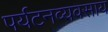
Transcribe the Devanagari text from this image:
पर्यटनव्यवसाय